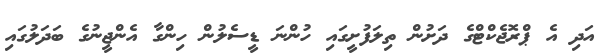
އަދި އެ ޕްރޮޖެކްޓްގެ ދަށުން ތިލަފުށީގައި ހުންނަ ޑީސެލުން ހިންގާ އެންޖީނުގެ ބަދަލުގައި